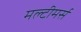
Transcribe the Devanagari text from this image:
मल्टीमर्स